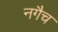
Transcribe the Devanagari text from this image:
नगैच